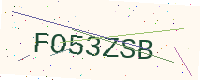
Text: FO53ZSB